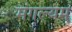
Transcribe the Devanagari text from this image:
मंगल्यम